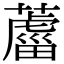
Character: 𦿊